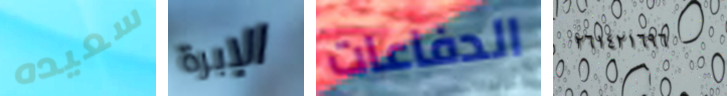
سعيده الإبرة الدفاعات ٢٦١٤٢١٦٩٦